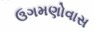
ઉગમણોવાસ